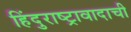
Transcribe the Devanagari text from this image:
हिंदुराष्ट्रावादाची